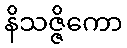
နိသဇ္ဇိကော